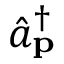
{ \hat { a } } _ { \mathbf { p } } ^ { \dagger }